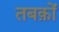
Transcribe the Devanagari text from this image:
तबक़ों